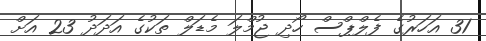
31 އަހަރުގެ ފެލްޕްސް ހޯދި ޖުމްލަ މެޑަލް ތަކުގެ އަދަދު 23 އަށް